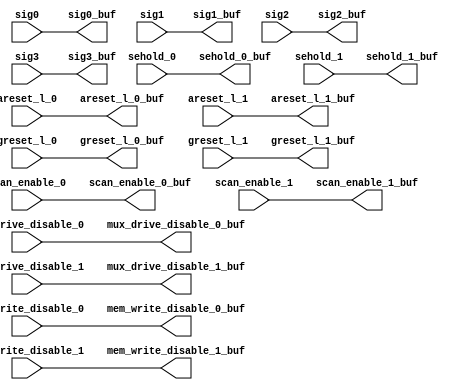
module sctag_slow_rptr(/*AUTOARG*/
   // Outputs
   areset_l_0_buf, areset_l_1_buf, greset_l_0_buf, greset_l_1_buf, 
   scan_enable_0_buf, scan_enable_1_buf, sehold_0_buf, sehold_1_buf, 
   mux_drive_disable_0_buf, mux_drive_disable_1_buf, 
   mem_write_disable_0_buf, mem_write_disable_1_buf, sig0_buf, 
   sig1_buf, sig2_buf, sig3_buf, 
   // Inputs
   areset_l_0, areset_l_1, greset_l_0, greset_l_1, scan_enable_0, 
   scan_enable_1, sehold_0, sehold_1, mux_drive_disable_0, 
   mux_drive_disable_1, mem_write_disable_0, mem_write_disable_1, 
   sig0, sig1, sig2, sig3
   );


input	areset_l_0;
input	areset_l_1;
input	greset_l_0;
input	greset_l_1;
input	scan_enable_0;
input	scan_enable_1;
input	sehold_0;
input	sehold_1;
input	mux_drive_disable_0;
input	mux_drive_disable_1;
input	mem_write_disable_0;
input	mem_write_disable_1;
input	sig0;
input	sig1;
input	sig2;
input	sig3;

output	areset_l_0_buf;
output	areset_l_1_buf;
output	greset_l_0_buf;
output	greset_l_1_buf;
output	scan_enable_0_buf;
output	scan_enable_1_buf;
output	sehold_0_buf;
output	sehold_1_buf;
output	mux_drive_disable_0_buf;
output	mux_drive_disable_1_buf;
output	mem_write_disable_0_buf;
output	mem_write_disable_1_buf;
output	sig0_buf;
output	sig1_buf;
output	sig2_buf;
output	sig3_buf;


assign	areset_l_0_buf=areset_l_0;
assign	areset_l_1_buf=areset_l_1;
assign	greset_l_0_buf=greset_l_0;
assign	greset_l_1_buf=greset_l_1;
assign	scan_enable_0_buf=scan_enable_0;
assign	scan_enable_1_buf=scan_enable_1;
assign	sehold_0_buf=sehold_0;
assign	sehold_1_buf=sehold_1;
assign	mux_drive_disable_0_buf=mux_drive_disable_0;
assign	mux_drive_disable_1_buf=mux_drive_disable_1;
assign	mem_write_disable_0_buf=mem_write_disable_0;
assign	mem_write_disable_1_buf=mem_write_disable_1;
assign	sig0_buf=sig0;
assign	sig1_buf=sig1;
assign	sig2_buf=sig2;
assign	sig3_buf=sig3;





endmodule